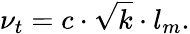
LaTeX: \nu_{t}=c\cdot{\sqrt{k}}\cdot l_{m}.